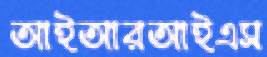
আইআরআইএস